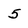
Character: 5